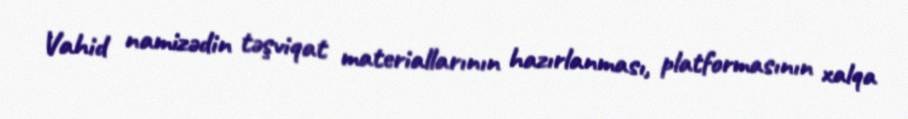
Vahid namizədin təşviqat materiallarının hazırlanması, platformasının xalqa